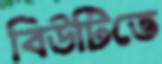
বিউটিতে